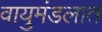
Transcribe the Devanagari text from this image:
वायुमंडलात